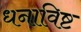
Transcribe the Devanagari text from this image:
धनाविष्ट